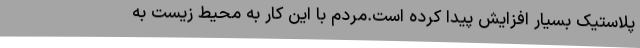
پلاستیک بسیار افزایش پیدا کرده است.مردم با این کار به محیط زیست به